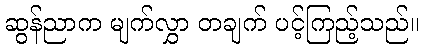
ဆွန်ညာက မျက်လွှာ တချက် ပင့်ကြည့်သည်။